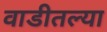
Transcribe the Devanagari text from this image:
वाडीतल्या